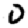
Digit: 0